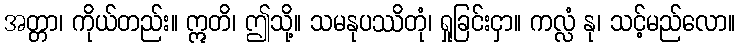
အတ္တာ၊ ကိုယ်တည်း။ ဣတိ၊ ဤသို့။ သမနုပဿိတုံ၊ ရှုခြင်းငှာ။ ကလ္လံ နု၊ သင့်မည်လော။